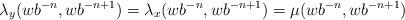
LaTeX: \begin{align*}\lambda_y(wb^{-n}, wb^{-n+1})= \lambda_x(wb^{-n}, wb^{-n+1}) = \mu(wb^{-n}, wb^{-n+1})\end{align*}